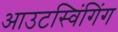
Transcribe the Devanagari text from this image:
आउटस्विंगिंग